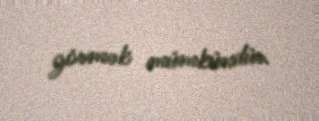
görmək mümkündür.